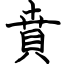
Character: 賁